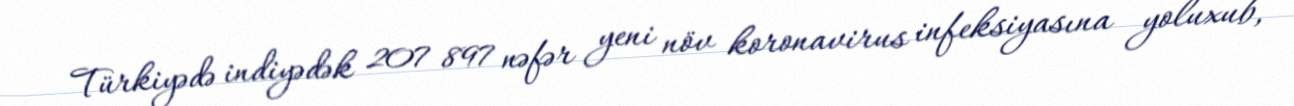
Türkiyədə indiyədək 207 897 nəfər yeni növ koronavirus infeksiyasına yoluxub,